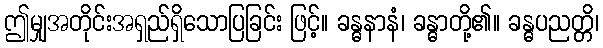
ဤမျှအတိုင်းအရှည်ရှိသောပြခြင်း ဖြင့်။ ခန္ဓနာနံ၊ ခန္ဓာတို့၏။ ခန္ဓပညတ္တိ၊